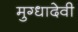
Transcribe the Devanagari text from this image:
मुग्धादेवी